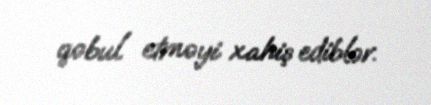
qəbul etməyi xahiş ediblər.